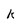
Character: K